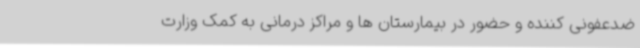
ضدعفونی کننده و حضور در بیمارستان ها و مراکز درمانی به کمک وزارت